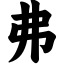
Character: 弗